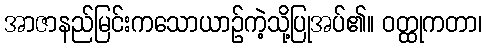
အာဇာနည်မြင်းကသောယာဉ်ကဲ့သို့ပြုအပ်၏။ ဝတ္ထုကတာ၊